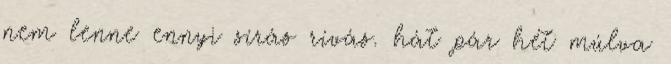
nem lenne ennyi sírás rívás. hát pár hét múlva